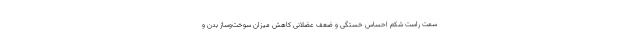
سمت راست شکم احساس خستگی و ضعف عضلانی کاهش میزان سوخت‌وساز بدن و